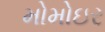
મોમોઇર